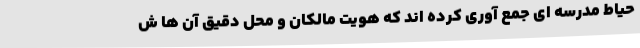
حیاط مدرسه ای جمع آوری کرده اند که هویت مالکان و محل دقیق آن ها ش